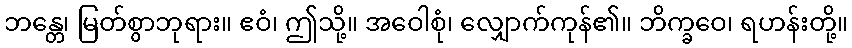
ဘန္တေ၊ မြတ်စွာဘုရား။ ဧဝံ၊ ဤသို့။ အဝေါစုံ၊ လျှောက်ကုန်၏။ ဘိက္ခဝေ၊ ရဟန်းတို့။